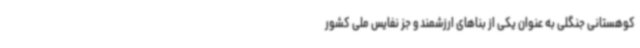
کوهستانی جنگلی به عنوان یکی از بناهای ارزشمند و جز نفایس ملی کشور